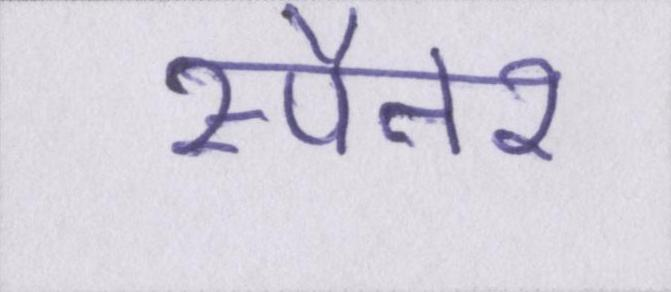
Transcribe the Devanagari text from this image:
स्पैनर